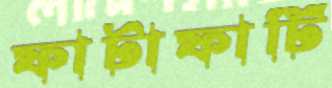
ফাটাফাটি